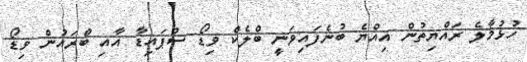
ހުޅުމާލެ ރައްޔިތުން އިއްޔެ ބުނެފައިވަނީ ބްލެކް ވިޑޯ ސްޕައިޑާ އާއި ބްރައުން ވިޑޯ